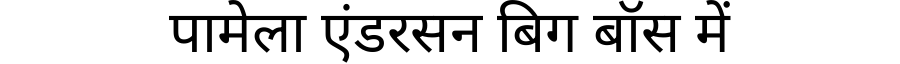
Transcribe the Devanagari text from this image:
पामेला एंडरसन बिग बॉस में